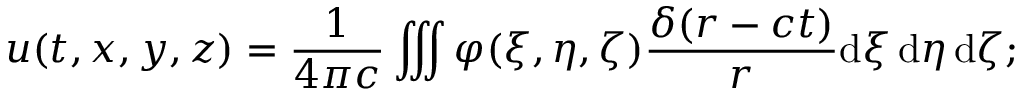
u ( t , x , y , z ) = { \frac { 1 } { 4 \pi c } } \iiint \varphi ( \xi , \eta , \zeta ) { \frac { \delta ( r - c t ) } { r } } \mathrm { d } \xi \, \mathrm { d } \eta \, \mathrm { d } \zeta ;